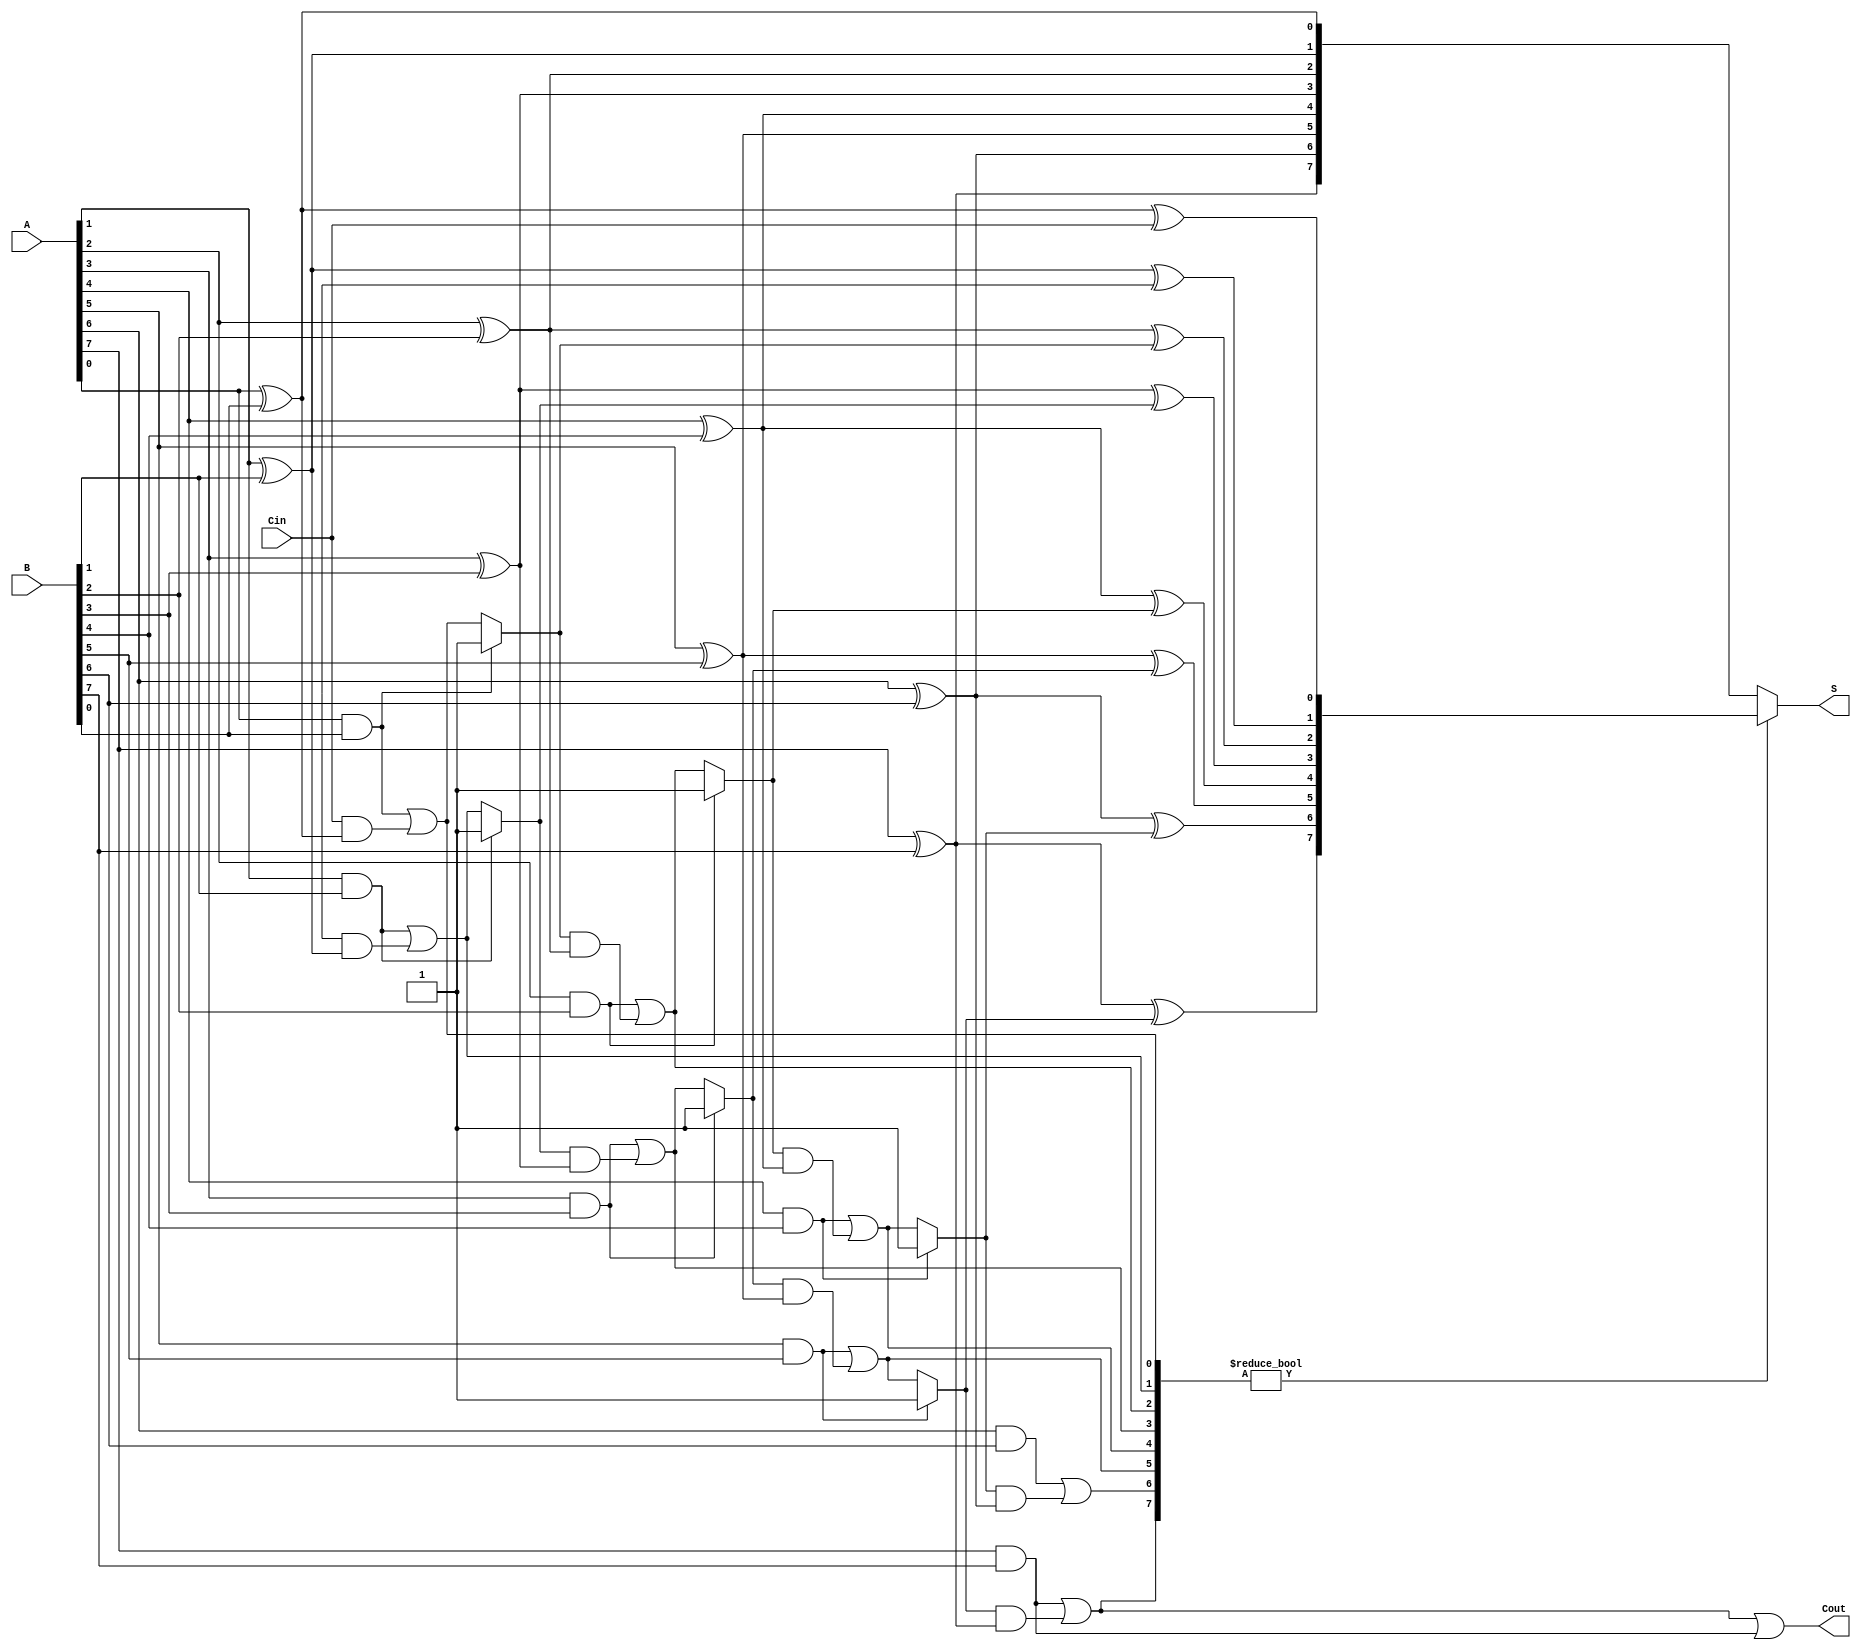
module ConditionalSumAdder (
    input [7:0] A,      // First operand
    input [7:0] B,      // Second operand
    input Cin,          // Carry input
    output [7:0] S,     // Sum output
    output Cout         // Carry output
);

    // Intermediate signals
    wire [7:0] S0, S1;  // Sums without and with carry-in
    wire [7:0] C0, C1;  // Carry outputs for both cases
    wire [7:0] C;       // Carry signal to propagate to the next block

    // Generate partial sums and carry signals
    genvar i;
    generate
        for (i = 0; i < 8; i = i + 1) begin : CSA_Block
            // Sum with carry-in and without carry-in
            assign S0[i] = A[i] ^ B[i];                     // Sum without carry-in
            assign S1[i] = A[i] ^ B[i] ^ (i == 0 ? Cin : C[i-1]); // Sum with carry-in

            // Carry-out for the sum with carry-in
            assign C1[i] = (A[i] & B[i]) | ((i == 0 ? Cin : C[i-1]) & (A[i] ^ B[i]));
            // Carry-out for the sum without carry-in
            assign C0[i] = A[i] & B[i];

            // Propagate carry to the next block
            if (i > 0) begin
                assign C[i] = C0[i-1] ? 1'b1 : C1[i-1];
            end else begin
                assign C[i] = C1[i-1]; // For i = 0, there is no previous carry
            end
        end
    endgenerate

    // Final selection of sum and carry-out
    assign S = (C1) ? S1 : S0; // Select S1 if C1 is true; otherwise select S0
    assign Cout = C1[7] | C0[7]; // Final carry-out

endmodule